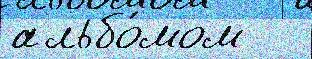
альбо́мом